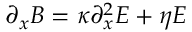
\partial _ { x } B = \kappa \partial _ { x } ^ { 2 } E + \eta E